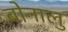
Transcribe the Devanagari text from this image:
बोनालु